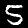
Digit: 5